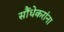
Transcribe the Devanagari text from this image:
सौंधेकरांना